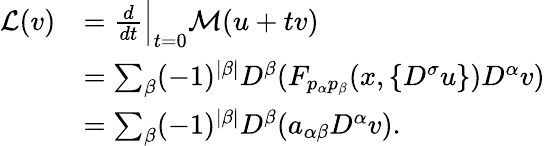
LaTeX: \begin{array}{rl}{\mathcal L(v)}&{=\frac{d}{dt}\Big|_{t=0}\mathcal M(u+tv)}\\ &{=\sum_{\beta}(-1)^{|\beta|}D^{\beta}(F_{p_{\alpha}p_{\beta}}(x,\{ D^{\sigma}u\} )D^{\alpha}v)}\\ &{=\sum_{\beta}(-1)^{|\beta|}D^{\beta}(a_{\alpha\beta}D^{\alpha}v).}\end{array}